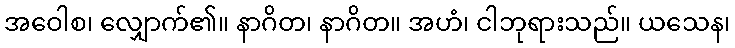
အဝေါစ၊ လျှောက်၏။ နာဂိတ၊ နာဂိတ။ အဟံ၊ ငါဘုရားသည်။ ယသေန၊